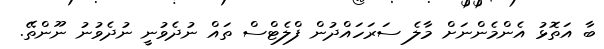
ބާ އަަތޮޅު އެންމެންނަށް މާލެ ސަރަހައްދުން ފްލެޓްސް ތައް ނުދެވުނީ ނުދެވުނު ނޫންތޭ.